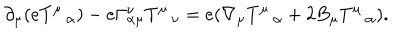
\partial _ { \mu } ( e T ^ { \mu } \, _ { \alpha } ) - e \Gamma _ { \alpha \mu } ^ { \nu } T ^ { \mu } \, _ { \nu } = e ( \nabla _ { \mu } T ^ { \mu } \, _ { \alpha } + 2 B _ { \mu } T ^ { \mu } \, _ { \alpha } ) .